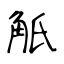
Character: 觗